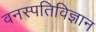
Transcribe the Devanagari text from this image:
वनस्‍पतिविज्ञान